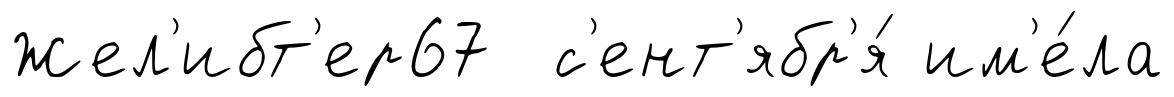
Жел'ибт'ер67 с'ент'ябр'я́ им'е́ла